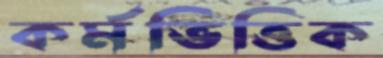
কর্মভিত্তিক